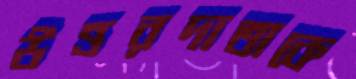
উত্তরদাতাকে